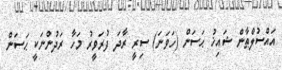
އައްސުލްޠާން ޝައިޚު ޙަސަން (ހަވަނަ) ސިރީ ރާދަ ފުރަވީރު މަހާ ރަދުންނަކީ ޙަސަން